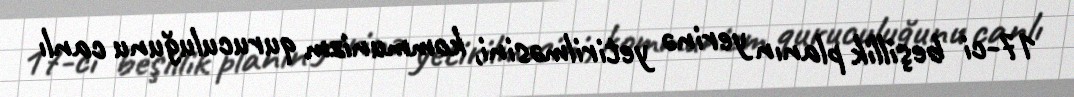
17-ci beşillik planın yerinə yetirilməsini, kommunizm quruculuğunu canlı